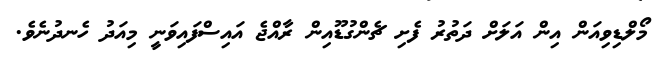
މޯލްޑިވިއަން އިން އަލަށް ދަތުރު ފެށި ޗެންގުޑޫއިން ރާއްޖެ އައިސްފައިވަނީ މިއަދު ހެނދުނެވެ.